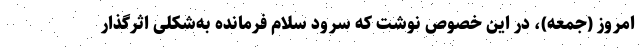
امروز (جمعه)، در این خصوص نوشت که سرود سلام فرمانده به‌شکلی اثرگذار